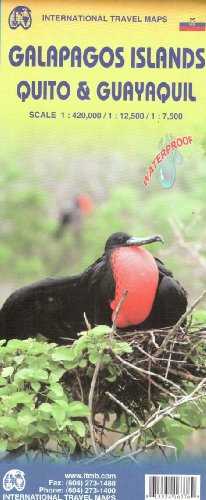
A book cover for Galapagos Islands, Quito & Guayaquil City 1:420k/1:12,5k/1:7,5k; ITMB Publishing LTD; Travel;